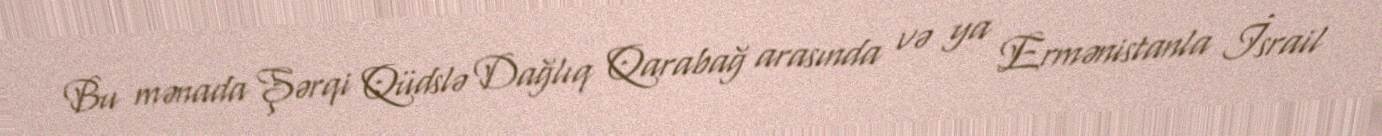
Bu mənada Şərqi Qüdslə Dağlıq Qarabağ arasında və ya Ermənistanla İsrail